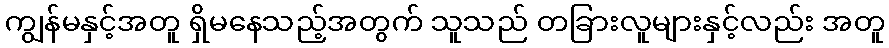
ကျွန်မနှင့်အတူ ရှိမနေသည့်အတွက် သူသည် တခြားလူများနှင့်လည်း အတူ